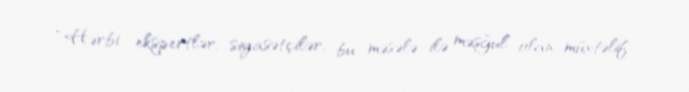
“Hərbi ekspertlər, siyasətçilər, bu məsələ ilə məşğul olan müxtəlif